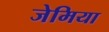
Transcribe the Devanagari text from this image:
जेमिया